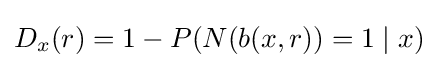
D_{x}(r)=1-P({N}(b(x,r))=1\mid x)